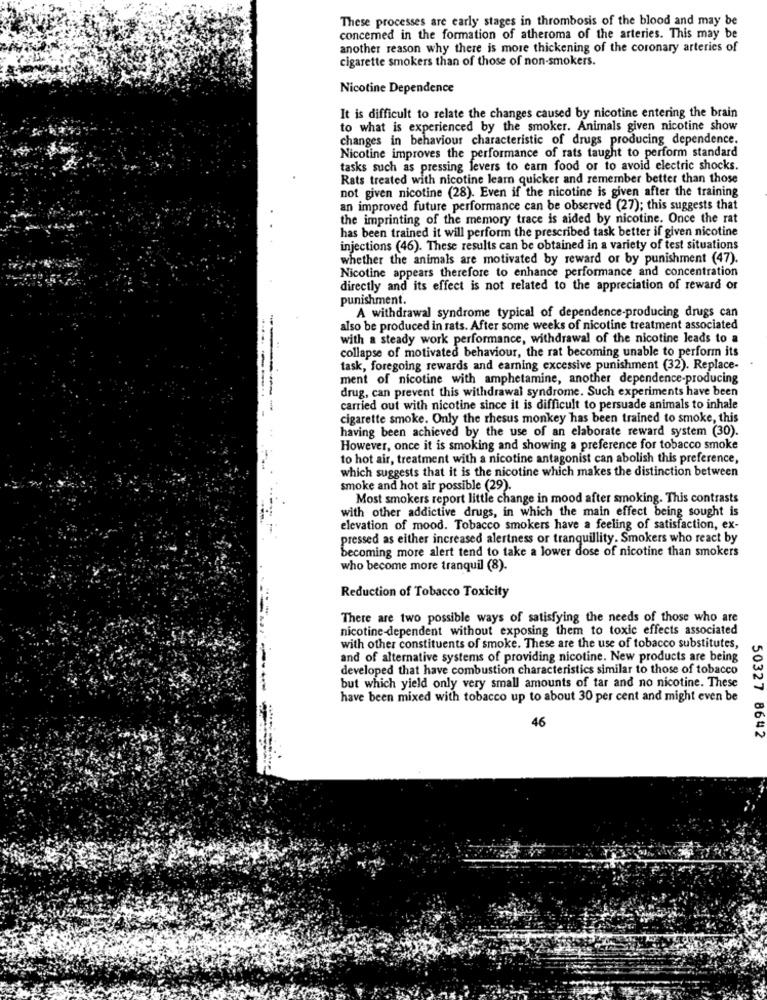
These processes are early stages in thrombosis of the blood and may be
concemed in the formation of atheroma of the arteries. This may be
another reason why there is more thickening of the coronary arteries of
cigarette smokers than of those of non-smokers.
Nicotine Dependence
It is difficult to relate the changes caused by nicotine entering the brain
to what is experienced by the smoker. Animals given nicotine show
changes in behaviour characteristic of drugs producing dependence.
Nicotine improves the performance of rats taught to perform standard
tasks such as pressing levers to earn food or to avoid electric shocks.
Rats treated with nicotine learn quicker and remember better than those
not given nicotine (28). Even if the nicotine is given after the training
an improved future performance can be observed (27); this suggests that
the imprinting of the memory trace is aided by nicotine. Once the rat
has been trained it will perform the prescribed task better if given nicotine
injections (46). These results can be obtained in a variety of test situations
whether the animals are motivated by reward or by punishment (47).
Nicotine appears therefore to enhance performance and concentration
directly and its effect is not related to the appreciation of reward or
punishment.
A withdrawal syndrome typical of dependence-producing drugs can
also be produced in rats. After some weeks of nicotine treatment associated
with a steady work performance, withdrawal of the nicotine leads to a
collapse of motivated behaviour, the rat becoming unable to perform its
task, foregoing rewards and earning excessive punishment (32). Replace-
ment of nicotine with amphetamine, another dependence-producing
drug, can prevent this withdrawal syndrome. Such experiments have been
carried out with nicotine since it is difficult to persuade animals to inhale
cigarette smoke. Only the rhesus monkey has been trained to smoke, this
having been achieved by the use of an elaborate reward system (30).
However, once it is smoking and showing a preference for tobacco smoke
to hot air, treatment with a nicotine antagonist can abolish this preference,
which suggests that it is the nicotine which makes the distinction between
smoke and hot air possible (29).
Most smokers report little change in mood after smoking. This contrasts
with other addictive drugs, in which the main effect being sought is
elevation of mood. Tobacco smokers have a feeling of satisfaction, ex-
pressed as either increased alertness or tranquillity. Smokers who react by
becoming more alert tend to take a lower dose of nicotine than smokers
who become more tranquil (8).
Reduction of Tobacco Toxicity
There are two possible ways of satisfying the needs of those who are
nicotine-dependent without exposing them to toxic effects associated
with other constituents of smoke. These are the use of tobacco substitutes,
and of alternative systems of providing nicotine. New products are being
developed that have combustion characteristics similar to those of tobacco
but which yield only very small amounts of tar and no nicotine. These
50327
have been mixed with tobacco up to about 30 per cent and might even be
46
8642